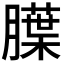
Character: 𬛚